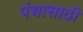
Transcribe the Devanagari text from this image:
पंथासाठी